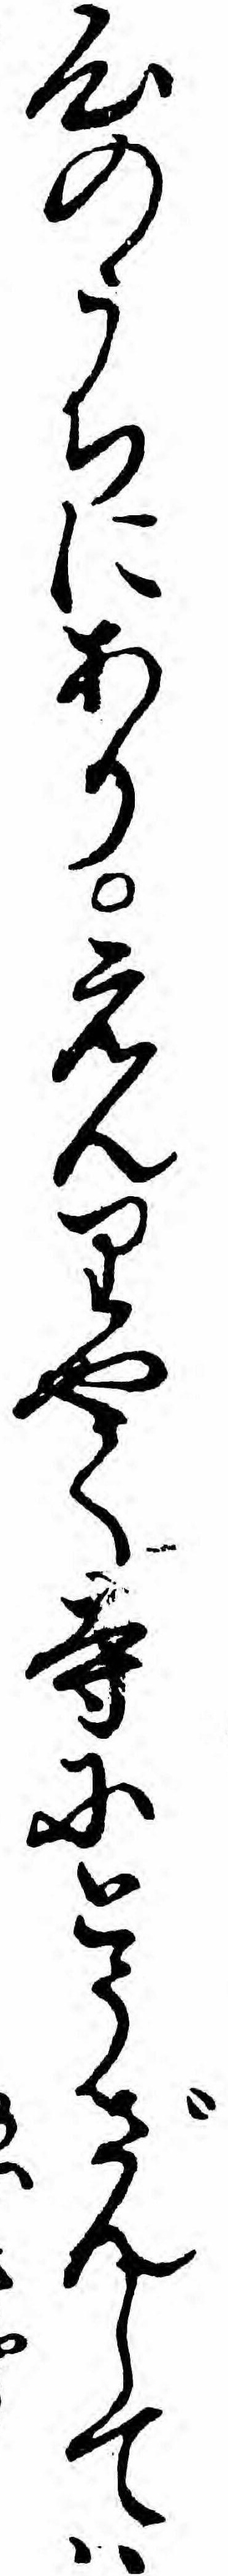
心のうちにありえんりやく寺にとうざんしてハ